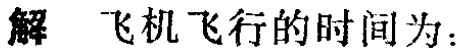
解 飞机飞行的时间为：